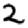
Digit: 2